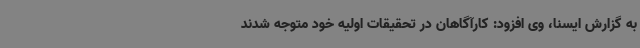
به گزارش ایسنا، وی افزود: کارآگاهان در تحقیقات اولیه خود متوجه شدند